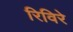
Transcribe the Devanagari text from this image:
रिविरे